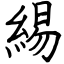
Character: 緆